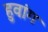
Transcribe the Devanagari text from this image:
हुवांग